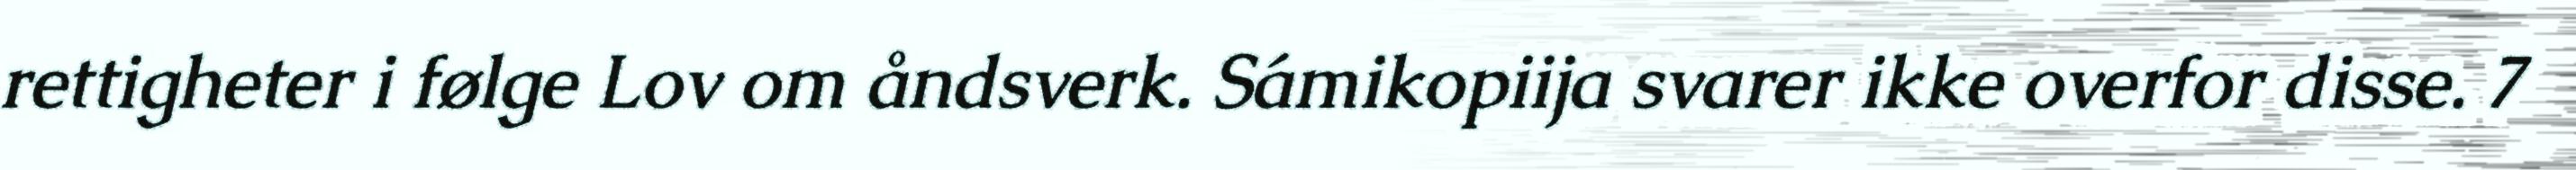
rettigheter i følge Lov om åndsverk. Sámikopiija svarer ikke overfor disse. 7